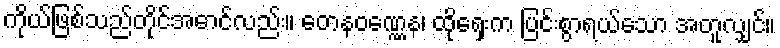
ကိုယ်ဖြစ်သည်တိုင်အောင်လည်း။ တေနဝဏ္ဏေန၊ ထိုရှေးက ပြင်းစွာရယ်သော အတူလျှင်။